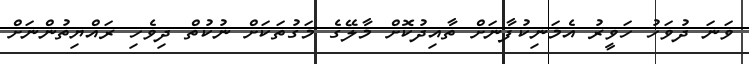
ވަނަ ދުވަހު ހަވީރު އެމަނިކުފާނަށް ތާއިދުކޮށް މާލޭގެ މަގުތަކަށް ނުކުތް ދިވެހި ރައްޔިތުންނަށް